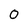
Character: 0